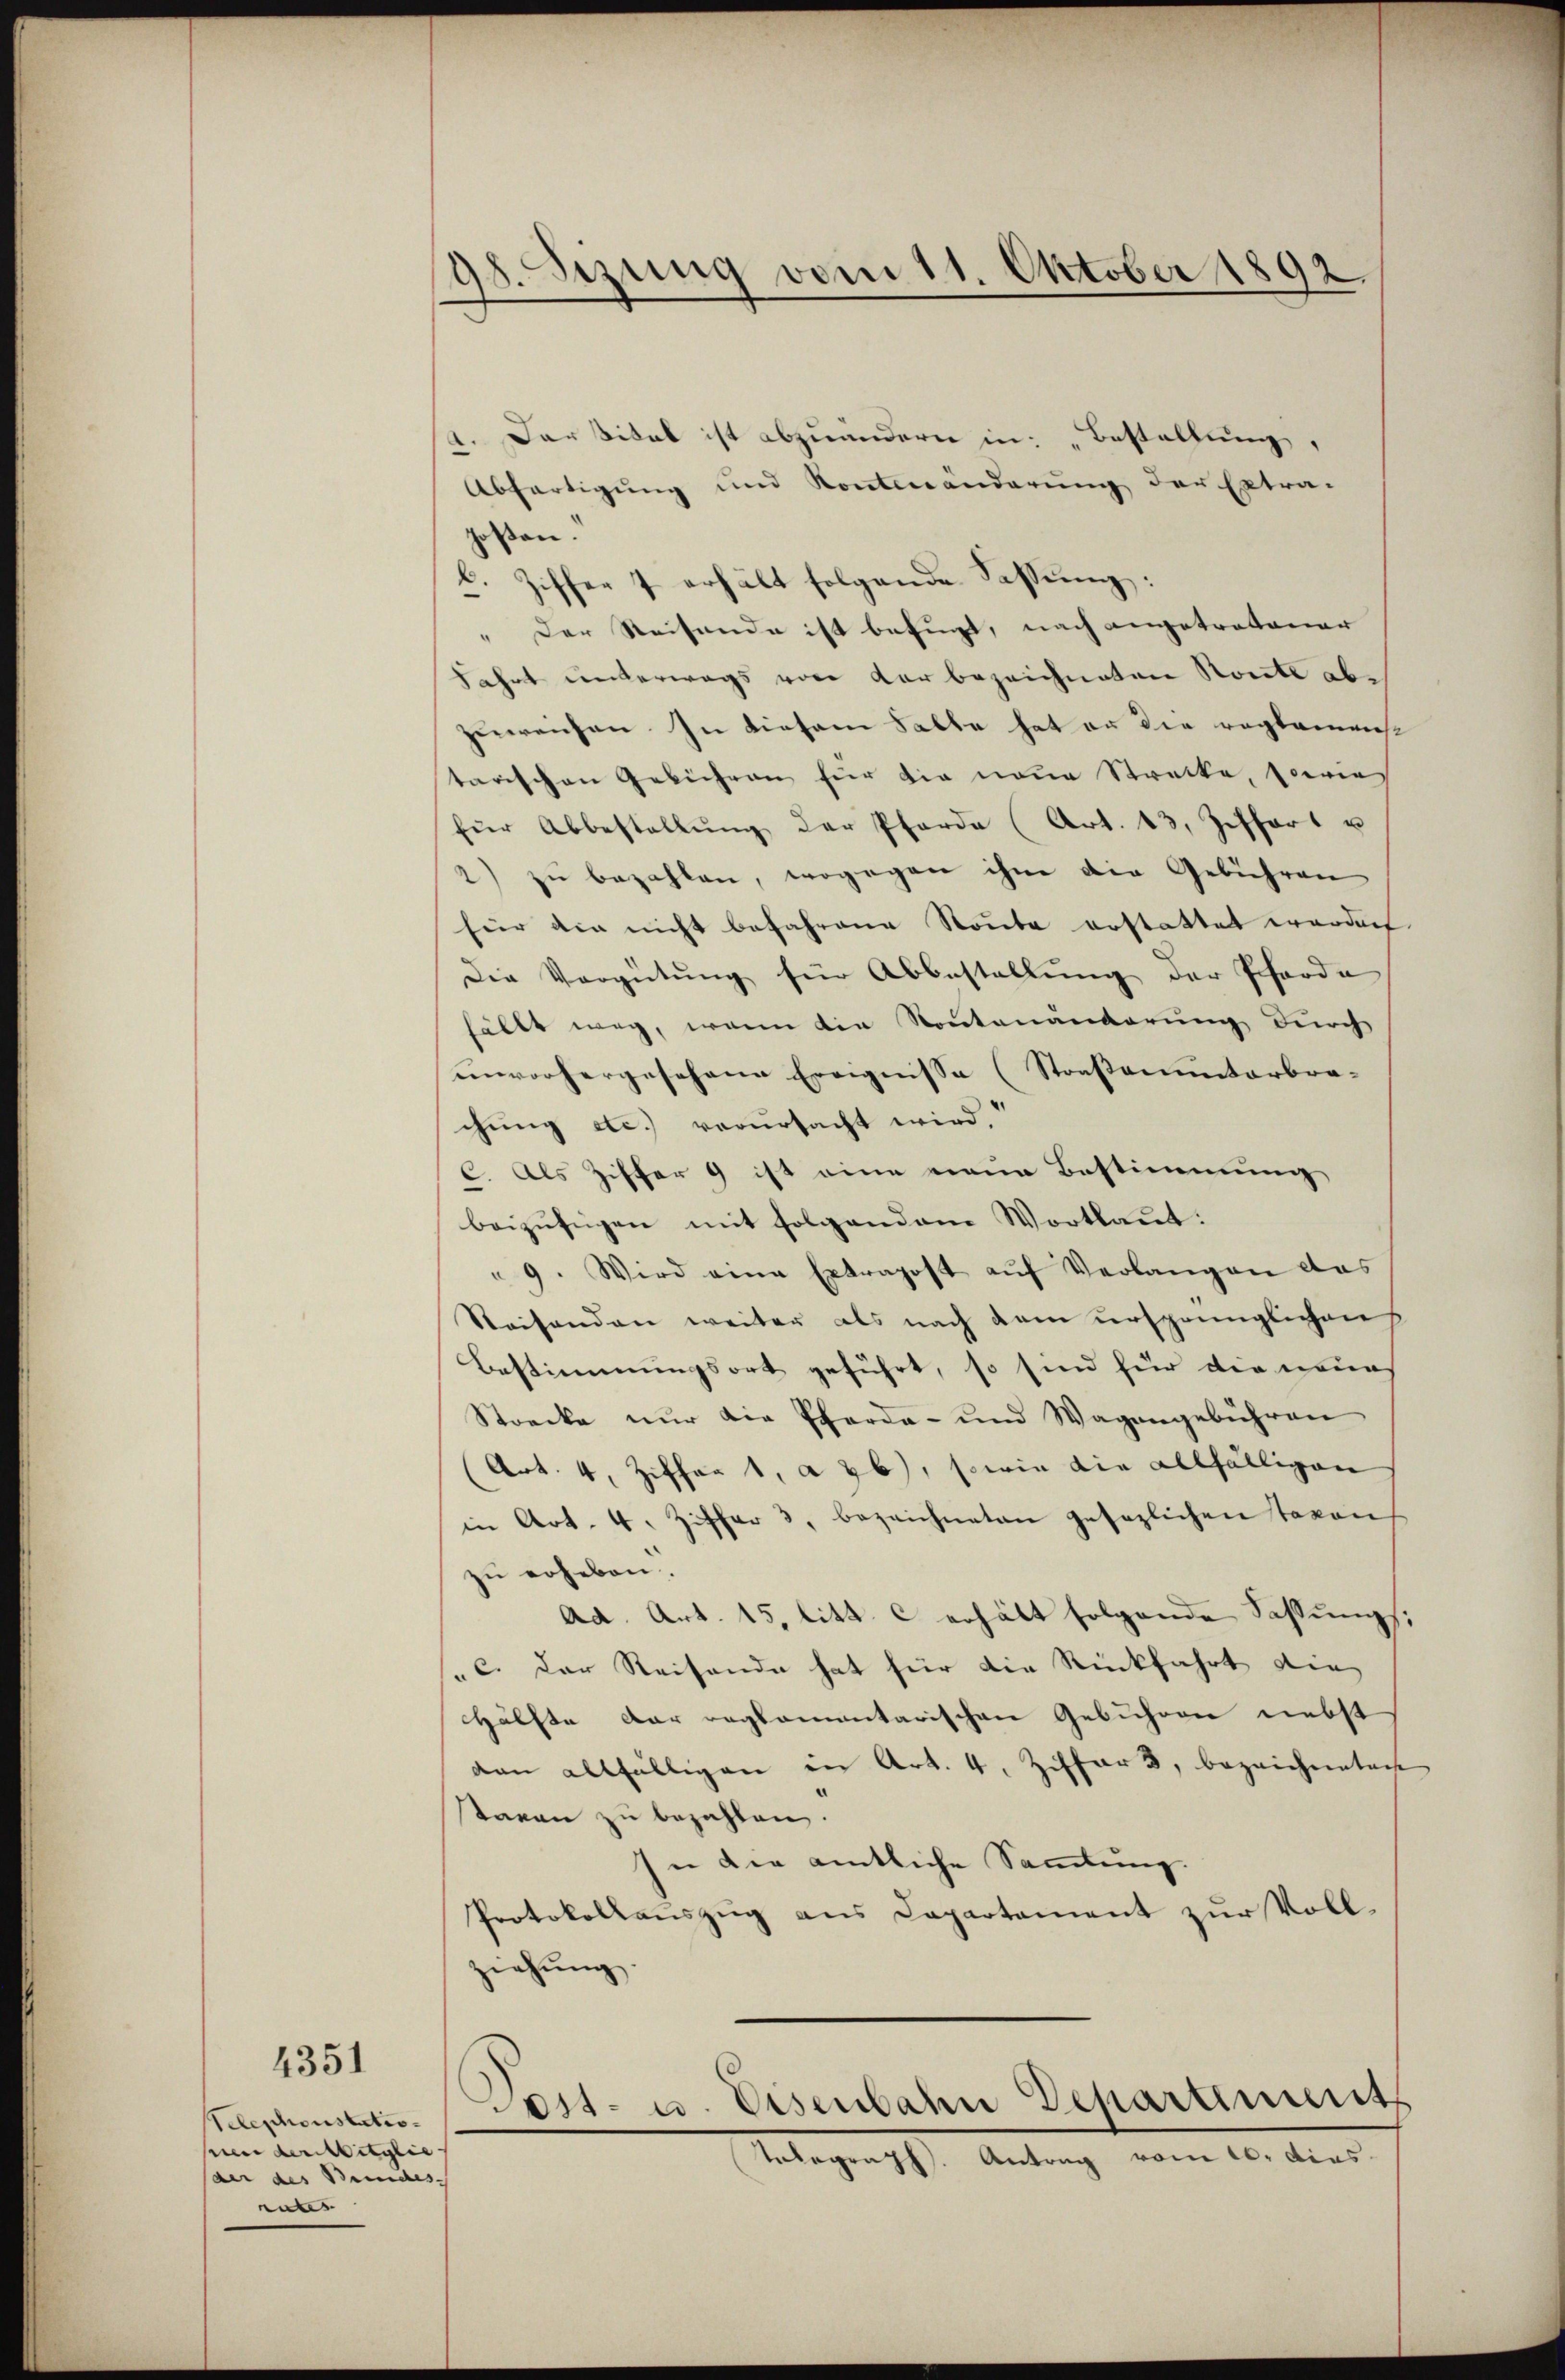
4351

Telephonstatiopie der Mitglie- |
der des Bundes- |
rates |

izung vom 11. Oktober 1892.
u

4. Der Vital ist abzuändern in: „Bestellung,
Abfertigung und Kontenänderung der Extra-
posten.
l. Ziffer 7 erhält folgende Fassung:
" Der Reisende ist befugt, nach angetretener
Fahrt unterwegs von der bezeichneten Konte abzuweisen. In diesem Falle hat an die reglemens
tarischen Gebühren für die neue Strecke, sowie
für Abbestellŭng der Pferde (Art. 13. Ziffert u
2) zu bezahlen, wogegen ihm die Gebiehren
für die nicht befahrene Route erstattet worden
Die Vergütung für Abbestellung der Pforde
fällt weg, wenn die Kontanänderung durch
unvorhergesehene Ereignisse (Straßenunterbra-
chung etc.) verursacht wird.“
C. Als Ziffer 9 ist eine neue Bestimmung
beizufügen mit folgenden Wortlaut:
9. Wird eine Extrapost aŭf Verlangen das
Reisenden weiter als nach dem ursprünglichens
Bestimmungsort geführt, so sind für die neues
Strecke nur die Pferde- und Wagengebühren
(Art. 4, Ziffert, a 26), sowie die allfälligen
in Art. 4. Ziffer 3. bezeichneten gesezlichen Taxons
zu erheben.
Ad. Art. 15. litt. c erhält folgende Fassungs
 c. Der Reisende hat für die Rückfahrt die
Hälfte der reglementarischen Gebühren nebst
dan allfälligen in Art. 4, Ziffer 3, bezeichneten
taran zu bezahlen.
si die amtliche Sammlung.
Protokollauszug aus Capartement zur Vollziehŭng.
ost- u. Eisenbahn Departimens
Telegraph. Antrag vom 10. dies.